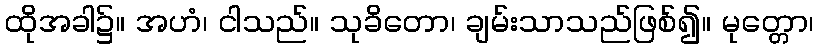
ထိုအခါ၌။ အဟံ၊ ငါသည်။ သုခိတော၊ ချမ်းသာသည်ဖြစ်၍။ မုတ္တော၊